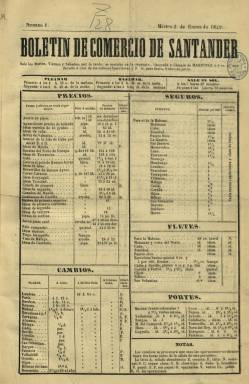
Título: Boletín de comercio de Santander
Colección: Economía || Periódicos
Ámbito geográfico: Cantabria
Lugar de publicación: Santander
Fechas: 02/01/1849-06/10/1852

Este periódico empezó a publicarse el cinco o el quince de agosto de 1839, en una hoja muy pequeña, para informar a comerciantes, armadores y consignatarios de buques sobre el estado de las mareas, de las cotizaciones de los productos agrarios y de otras mercancías en venta al por mayor, en almacén o a bordo de las propias naves, así como de los fletes y los seguros para los envíos a los principales puertos de mar de la península ibérica, Europa y América, tal como señalan en sus respectivos trabajos José Simón Cabarga (1982) y Antonio del Campo Echeverría (1987).

Al poco de aparecer ya empezó a estar dirigido por el impresor y librero José María Martínez, en cuyo establecimiento tipográfico era estampado y tenía su redacción, a la que acudían los comerciantes, consignatarios y armadores para facilitarle la correspondiente información. En 1846, la propia Junta del Puerto sufragaba la publicación del periódico en el caso de que el impresor no pudiera costearlo completamente ante la falta del suficiente número de suscripciones. Martínez se convertiría con el tiempo en el patriarca de la prensa cántabra.

La colección de la Biblioteca Nacional de España (BNE) comienza en su número 1, del dos de enero de 1849 (iniciaba numeración anual). Salía con dos páginas (una hoja), tres veces a la semana: martes, viernes y sábado por la tarde. En 1850, empezará a hacerlo los lunes, miércoles y viernes, y a partir del 25 de octubre de ese año (número 128), comenzará a indicar en la cabecera su año de edición, comenzando con el XIII. Es a partir de ese año 1850, con motivo de la inauguración del tendido ferroviario por la propia Isabel II, cuando aumenta su formato a un pliego de marca española y empieza a introducir algún artículo, pues su contenido era estrictamente comercial y estaba vetada en sus páginas cualquier alusión política, ideológica o doctrinal.

Bajo su cabecera indicará los estados de la pleamar y bajamar, así como otros datos astronómicos. En cuadros, da cuenta de los precios de los productos de consumo y otras mercancías, de los seguros marítimos, de los fletes de las embarcaciones, las cotizaciones bursátiles y los cambios de moneda. Ofrece también información sobre portes de las mercancías y del movimiento portuario: entradas y salidas de las naves (goletas, fragatas, corbetas, bergantines, etc.), sus nombres y el de sus capitanes, su tipo de cargamento, o las cuarentenas, averías o encallamientos de las naves en alta mar; subastas y remates de mercancías, así como otra información comercial de ciudades como La Habana o noticias sobre el movimiento de otros puertos. A veces incluye una tercera página entera de la Compañía General Española de Seguros. E insertaba también anuncios de particulares.

Con este título se estará publicando hasta el número 118, del seis de octubre de 1852 (año XV). A partir del día siguiente y hasta los primeros años del siglo veinte reducirá su título a Boletín de comercio, convirtiéndose en el periódico decano de Cantabria (si se excluye el Boletín oficial de la provincia) y uno de los más antiguos de España, que forma parte también de la colección de la BNE.